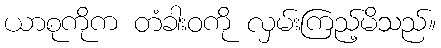
ယာစုကိုက တံခါးဝကို လှမ်းကြည့်မိသည်။